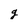
Character: g